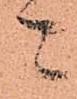
ニ